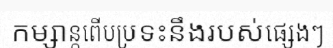
កម្សាន្តពើបប្រទះនឹងរបស់ផ្សេងៗ